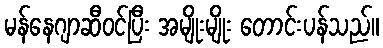
မန်နေဂျာဆီဝင်ပြီး အမျိုးမျိုး တောင်းပန်သည်။